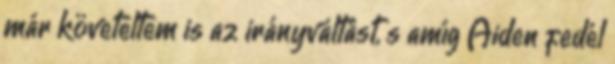
már követeltem is az irányváltást, s amíg Aiden fedél